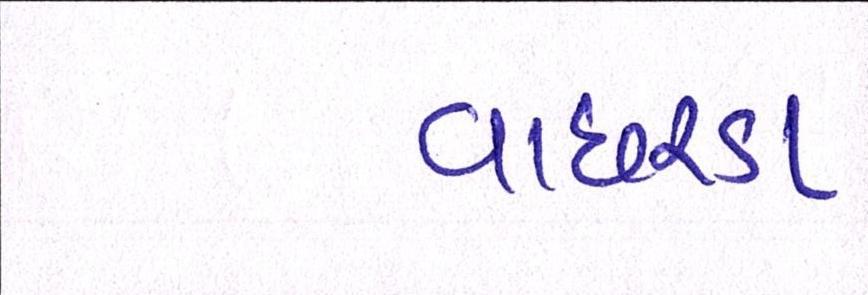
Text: વાછરડા